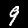
Digit: 9